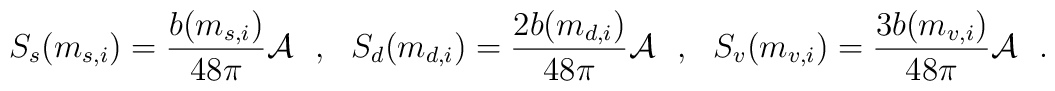
S_s(m_{s,i})={b(m_{s,i}) \over 48\pi}{\cal A}~~,~~S_d(m_{d,i})={2b(m_{d,i}) \over 48\pi}{\cal A}~~,~~S_v(m_{v,i})={3b(m_{v,i}) \over 48\pi}{\cal A}~~.